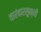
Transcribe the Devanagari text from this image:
वारंवारसुन्नी